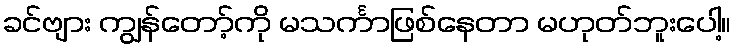
ခင်ဗျား ကျွန်တော့်ကို မသင်္ကာဖြစ်နေတာ မဟုတ်ဘူးပေါ့။